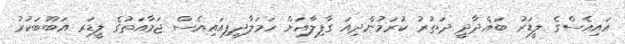
އައިއެސްގެ ލީޑަރު ބަޣްދާދީ ދަތުރު ކުރަމުންދިއަ ގާފިލާއަށް ހަމަލާދީފިއައިއެސް ޖަމާއަތުގެ ލީޑަރ އަބޫބަކުރު